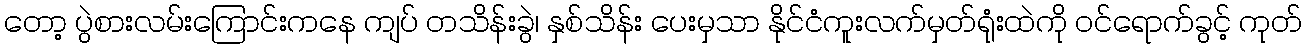
တော့ ပွဲစားလမ်းကြောင်းကနေ ကျပ် တသိန်းခွဲ၊ နှစ်သိန်း ပေးမှသာ နိုင်ငံကူးလက်မှတ်ရုံးထဲကို ဝင်ရောက်ခွင့် ကုတ်